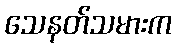
သေနတ်သမားက